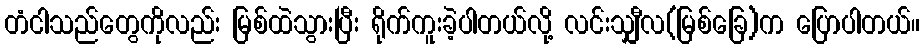
တံငါသည်တွေကိုလည်း မြစ်ထဲသွားပြီး ရိုက်ကူးခဲ့ပါတယ်လို့ လင်းသျှီလ(မြစ်ခြေ)က ပြောပါတယ်။